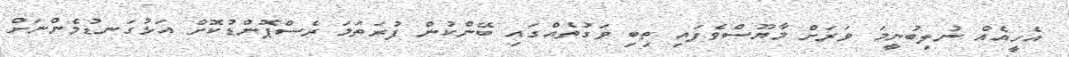
އެހީއެއް ނުލިބުނީމަ ވަރަށް މާޔޫސްވެފައި ތިބި ވަގުތެއްގައި ބޭންކުން ފުރަތަމަ ރެސްޕޮންޑުކޮށް އަޅުގަނޑުމެންނަށް